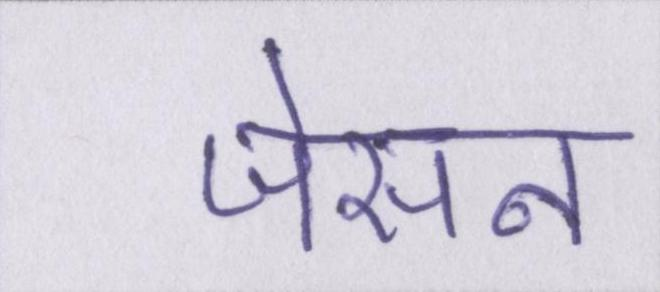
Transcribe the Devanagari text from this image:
जेसन